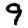
Digit: 9